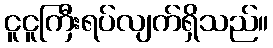
ငူငူကြီးရပ်လျက်ရှိသည်။